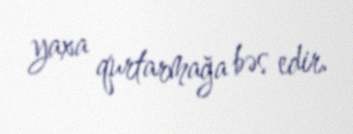
yaxa qurtarmağa bəs edir.